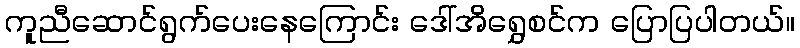
ကူညီဆောင်ရွက်ပေးနေကြောင်း ဒေါ်အိရွှေစင်က ပြောပြပါတယ်။